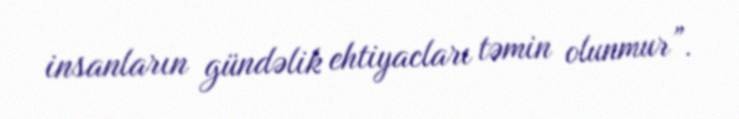
insanların gündəlik ehtiyacları təmin olunmur”.